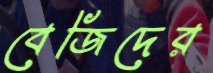
বেজিদের